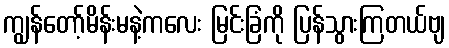
ကျွန်တော့်မိန်းမနဲ့ကလေး မြင်းခြံကို ပြန်သွားကြတယ်ဗျ